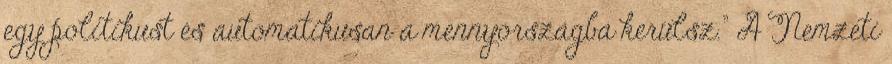
egy politikust és automatikusan a mennyországba kerülsz." A Nemzeti